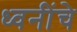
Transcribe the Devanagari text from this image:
ध्वनींचे